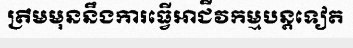
ត្រឹមមុននឹងការធ្វើអាជីវកម្មបន្តទៀត